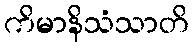
ကိမာနိသံသာတိ